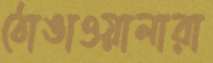
ঠোঙাওয়ালারা